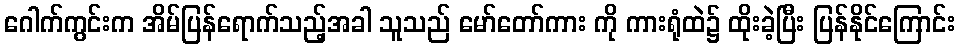
ဂေါက်ကွင်းက အိမ်ပြန်ရောက်သည့်အခါ သူသည် မော်တော်ကား ကို ကားရုံထဲ၌ ထိုးခဲ့ပြီး ပြန်နိုင်ကြောင်း